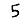
Digit: 5